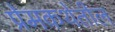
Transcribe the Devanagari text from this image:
प्रेमकथेतील